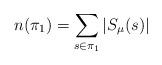
LaTeX: \begin{align*}n(\pi_1) = \sum_{s \in \pi_1}|S_\mu(s)|\end{align*}